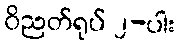
ဝိညတ်ရုပ် ၂-ပါး